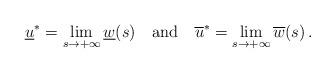
LaTeX: \begin{align*}\underline{u}^*=\lim_{s\to +\infty} \underline{w}(s)\quad\mbox{and}\quad\overline{u}^*=\lim_{s\to +\infty} \overline{w}(s)\,.\end{align*}